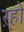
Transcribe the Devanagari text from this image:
ऱ्हो